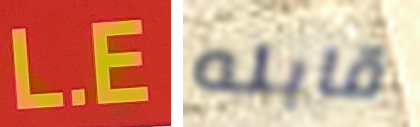
L.E قابله